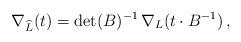
LaTeX: \begin{align*}\nabla_{\widehat{L}}(t)=\det(B)^{-1}\,\nabla_L(t\cdot B^{-1})\,,\end{align*}